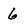
Character: 6